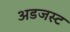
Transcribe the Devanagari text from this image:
अडजस्ट